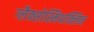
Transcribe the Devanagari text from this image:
ग्लैक्सोस्मिथक्लिन